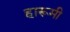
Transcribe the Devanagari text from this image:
हारूमी